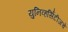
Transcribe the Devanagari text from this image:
युनिव्हर्सिटीजचे